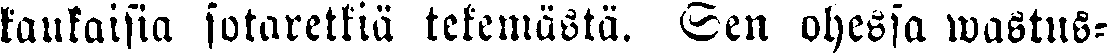
kaukaisia sotaretkiä tekemästä. Sen ohessa wastus-